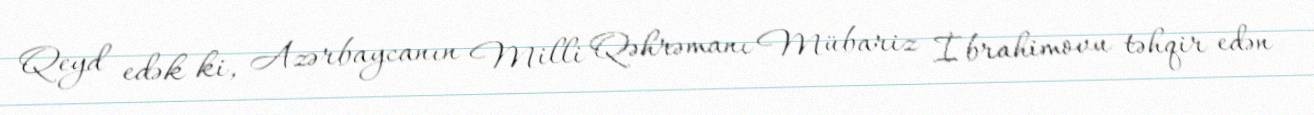
Qeyd edək ki, Azərbaycanın Milli Qəhrəmanı Mübariz İbrahimovu təhqir edən